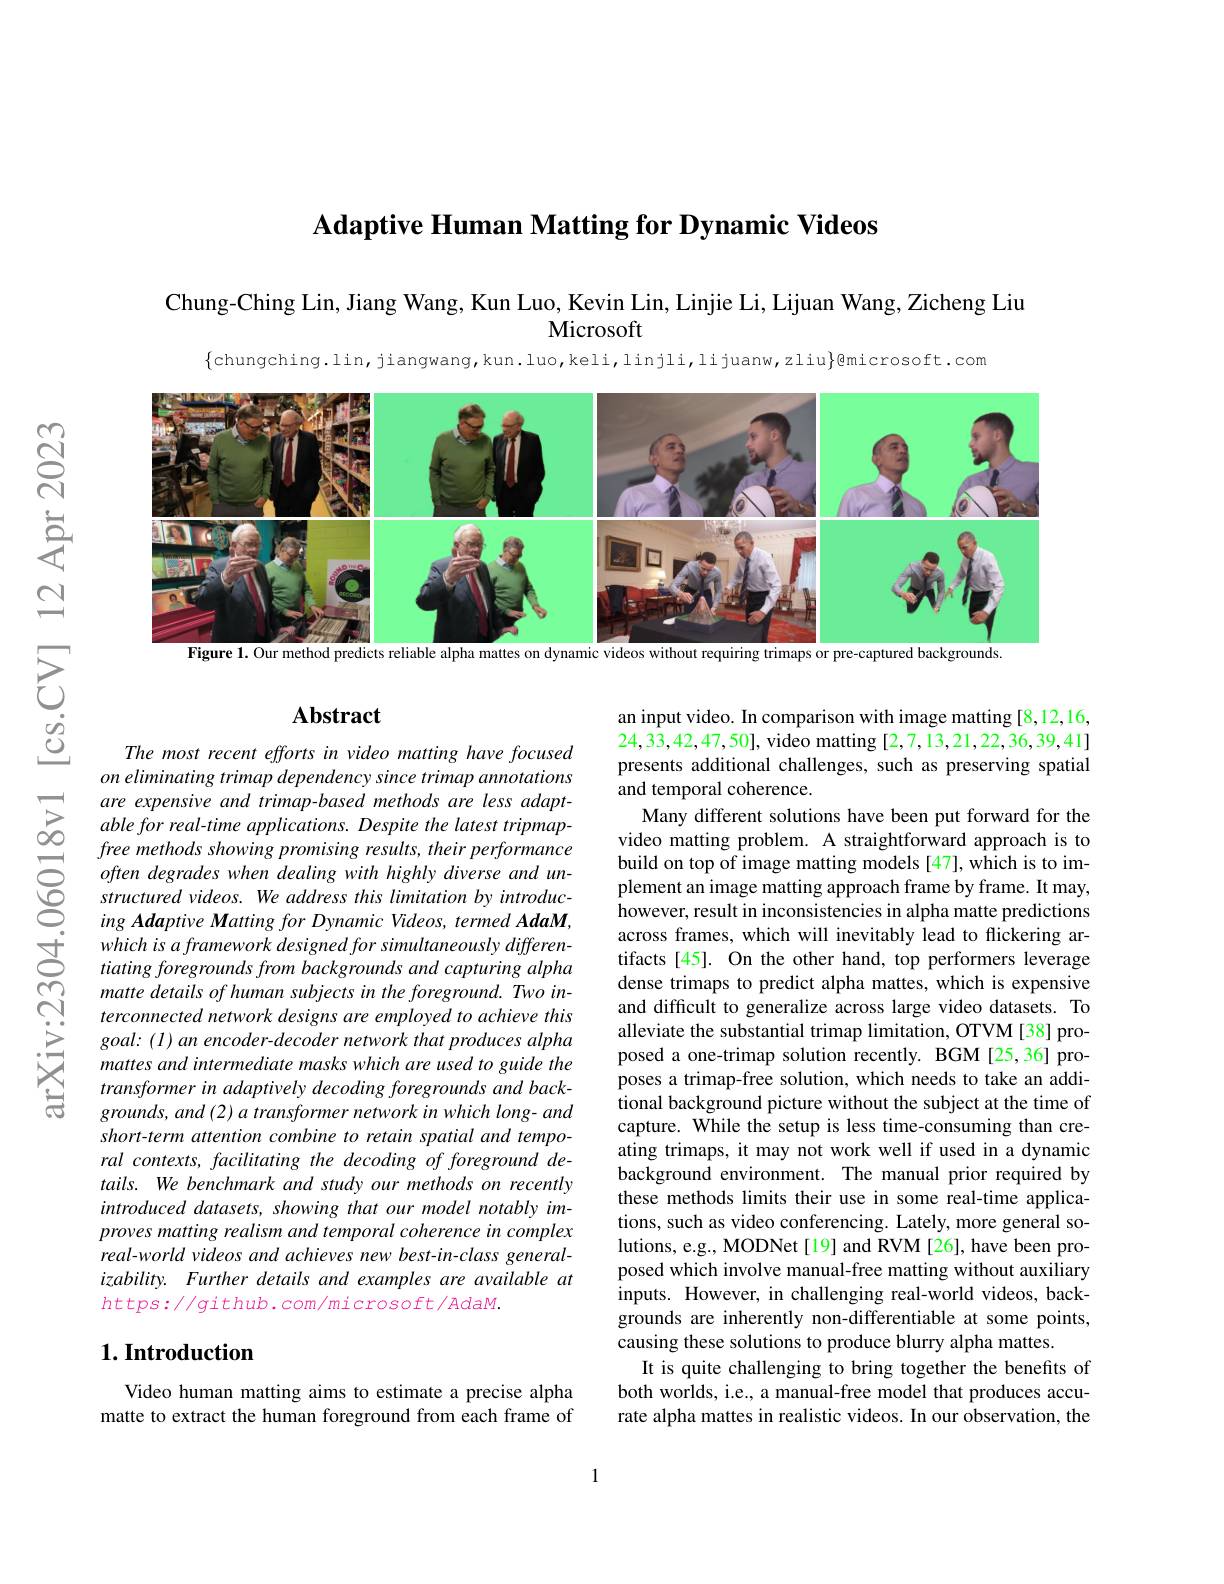
Adaptive Human Matting for Dynamic Videos

Chung- Ching Lin, Jiang Wang, Kun Luo, Kevin Lin, Linjie Li, Lijuan Wang, Zicheng Liu
Microsoft

$\{$chungching.lin,jiangwang,kun.luo,keli,linjli,lijuanw,zliu$\}$@microsoft.com

<FigureHere>
Figure 1. Our method predicts reliable alpha mattes on dynamic videos without requiring trimaps or pre-captured backgrounds

## Abstract

The most recent efforts in video matting have focused on eliminating trimap dependency since trimap annotations
$\begin{array}{ccc}&are&expensive&and&trimap-based&methods&are&less&adapt-\\\sum&able&for&real-time&applications.&Despite&the&latest&tripmap-\\\infty&fraa&mathods&shouin&nomisin&rasults&thair&narformanc\end{array}$
free methods showing promising results, their performance often degrades when dealing with highly diverse and unstructured videos. We address this limitation by introducing Adaptive Matting for Dynamic Videos, termed AdaM, which is a framework designed for simultaneously differentiating foregrounds from backgrounds and capturing alpha matte details of human subjects in the foreground. Two interconnected network designs are employed to achieve this $goal:(l)anencoder-decodernetworkthatproducesalpha$ mattes and intermediate masks which are used to guide the transformer in adaptively decoding foregrounds and back- $grounds,and\left(2\right)atransformer$ network in which long- and short-term attention combine to retain spatial and temporal contexts, facilitating the decoding of foreground details. We benchmark and study our methods on recently introduced datasets, showing that our model notably improves matting realism and temporal coherence in complex real-world videos and achieves new best-in-class generalizability. Further details and examples are available at $https://github.com/microsoft/AdaM.$

## $1. \textbf{Introduction}$

Video human matting aims to estimate a precise alpha matte to extract the human foreground from each frame of

an input video. In comparison with image matting [8,12,16, 24,33,42,47,50], video matting [2,7,13,21,22,36,39,41] presents additional challenges, such as preserving spatial and temporal coherence.
Many different solutions have been put forward for the video matting problem. A straightforward approach is to build on top of image matting models [47], which is to implement an image matting approach frame by frame. It may, however, result in inconsistencies in alpha matte predictions across frames, which will inevitably lead to flickering artifacts[45]. On the other hand, top performers leverage dense trimaps to predict alpha mattes, which is expensive and difficult to generalize across large video datasets. To alleviate the substantial trimap limitation, OTVM [38] proposed a one-trimap solution recently. BGM[25,36] proposes a trimap-free solution, which needs to take an additional background picture without the subject at the time of capture. While the setup is less time-consuming than creating trimaps, it may not work well if used in a dynamic background environment. The manual prior required by these methods limits their use in some real-time applications, such as video conferencing. Lately, more general solutions, e.g., MODNet[19] and RVM[26], have been proposed which involve manual-free matting without auxiliary inputs. However, in challenging real-world videos, backgrounds are inherently non-differentiable at some points, causing these solutions to produce blurry alpha mattes.
It is quite challenging to bring together the benefits of both worlds, i.e., a manual-free model that produces accurate alpha mattes in realistic videos. In our observation, the

1